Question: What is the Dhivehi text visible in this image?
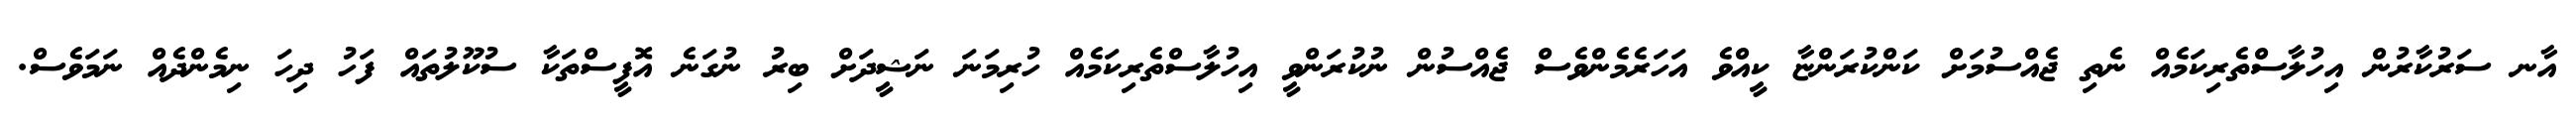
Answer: އާނ ސަރުކާރުން އިހުލާސްތެރިކަމެއް ނެތި ޖެއްސުމަށް ކަންކުރަންޏާ ކީއްވެ އަހަރެމެންވެސް ޖެއްސުން ނުކުރަންވީ އިހުލާސްތެރިކަމެއް ހުރިމަނަ ނަޝީދަށް ބިރު ނުގަނެ އޮފީސްތަކާ ސުކޫލުތައް ފަހު ދިހަ ނިމެންދެއް ނަމަވެސް.